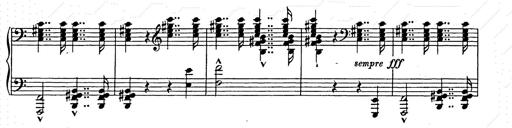
Title: Unstern!
Composer: Franz Liszt